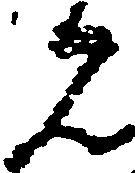
見